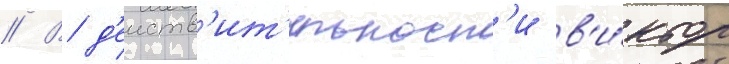
// В д'еиств'ит'ельност'и в'и́ктор